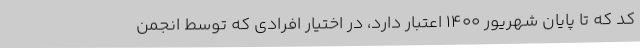
کد که تا پایان شهریور ۱۴۰۰ اعتبار دارد، در اختیار افرادی که توسط انجمن